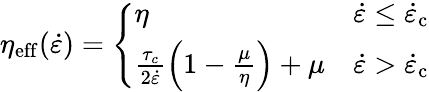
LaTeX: \eta_{\mathrm{eff}}(\dot{\varepsilon})=\left\{ \begin{array}{ll}{\eta}&{\dot{\varepsilon}\le\dot{\varepsilon}_{\mathrm{c}}}\\ {\frac{\tau_{c}}{2\dot{\varepsilon}}\left(1-\frac{\mu}{\eta}\right)+\mu}&{\dot{\varepsilon}>\dot{\varepsilon}_{\mathrm{c}}}\end{array}\right.